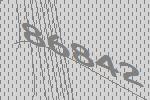
86842